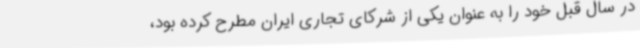
در سال قبل خود را به عنوان یکی از شرکای تجاری ایران مطرح کرده بود،